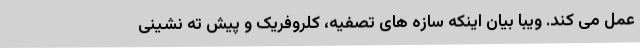
عمل می کند. ویبا بیان اینکه سازه های تصفیه، کلروفریک و پیش ته نشینی